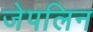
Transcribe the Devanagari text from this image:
जेपलिन